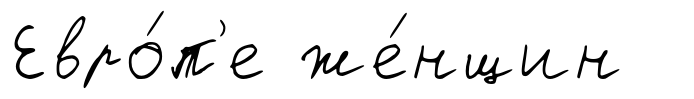
Евро́п'е же́нщин